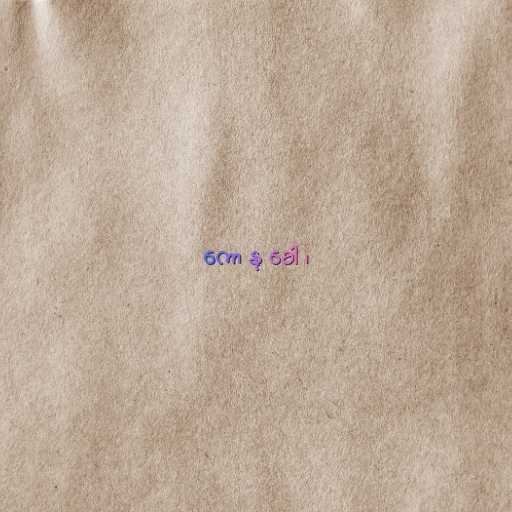
ကော နု ခေါ ၊